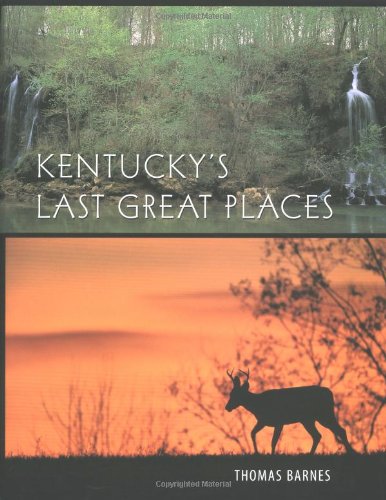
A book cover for Kentucky's Last Great Places; Thomas Barnes; Travel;